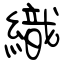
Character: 織